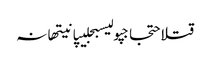
قتلاحتجاجپولیسبجلیپانیتھانہ